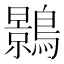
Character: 𪆣